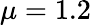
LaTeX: \mu=1.2